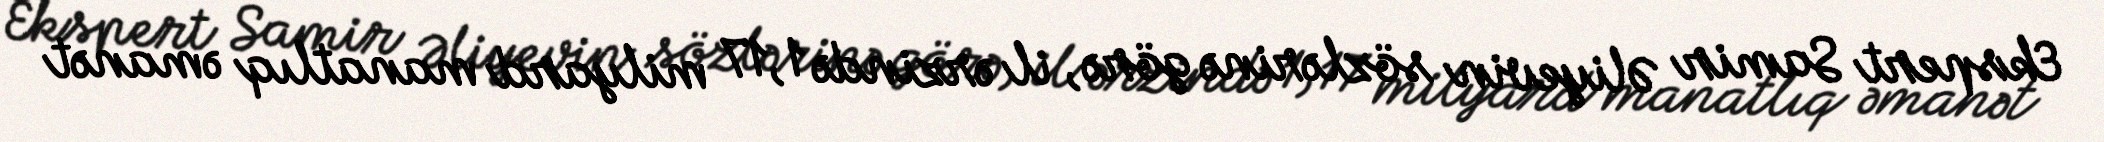
Ekspert Samir Əliyevin sözlərinə görə, il ərzində 1,17 milyard manatlıq əmanət